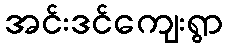
အင်းဒင်ကျေးရွာ